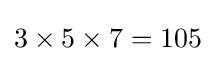
3\times 5\times 7=105